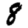
Digit: 8